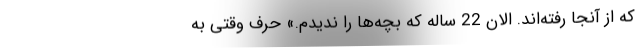
که از آنجا رفته‌اند. الان 22 ساله که بچه‌ها را ندیدم.» حرف وقتی به